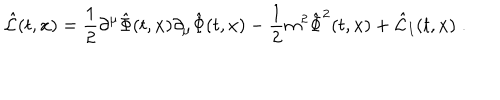
\hat { \cal L } ( t , x ) = { \frac { 1 } { 2 } } \partial ^ { \mu } \hat { \Phi } ( t , x ) \partial _ { \mu } \hat { \Phi } ( t , x ) - { \frac { 1 } { 2 } } m ^ { 2 } \hat { \Phi } ^ { 2 } ( t , x ) + \hat { \cal L } _ { I } ( t , x ) \; .